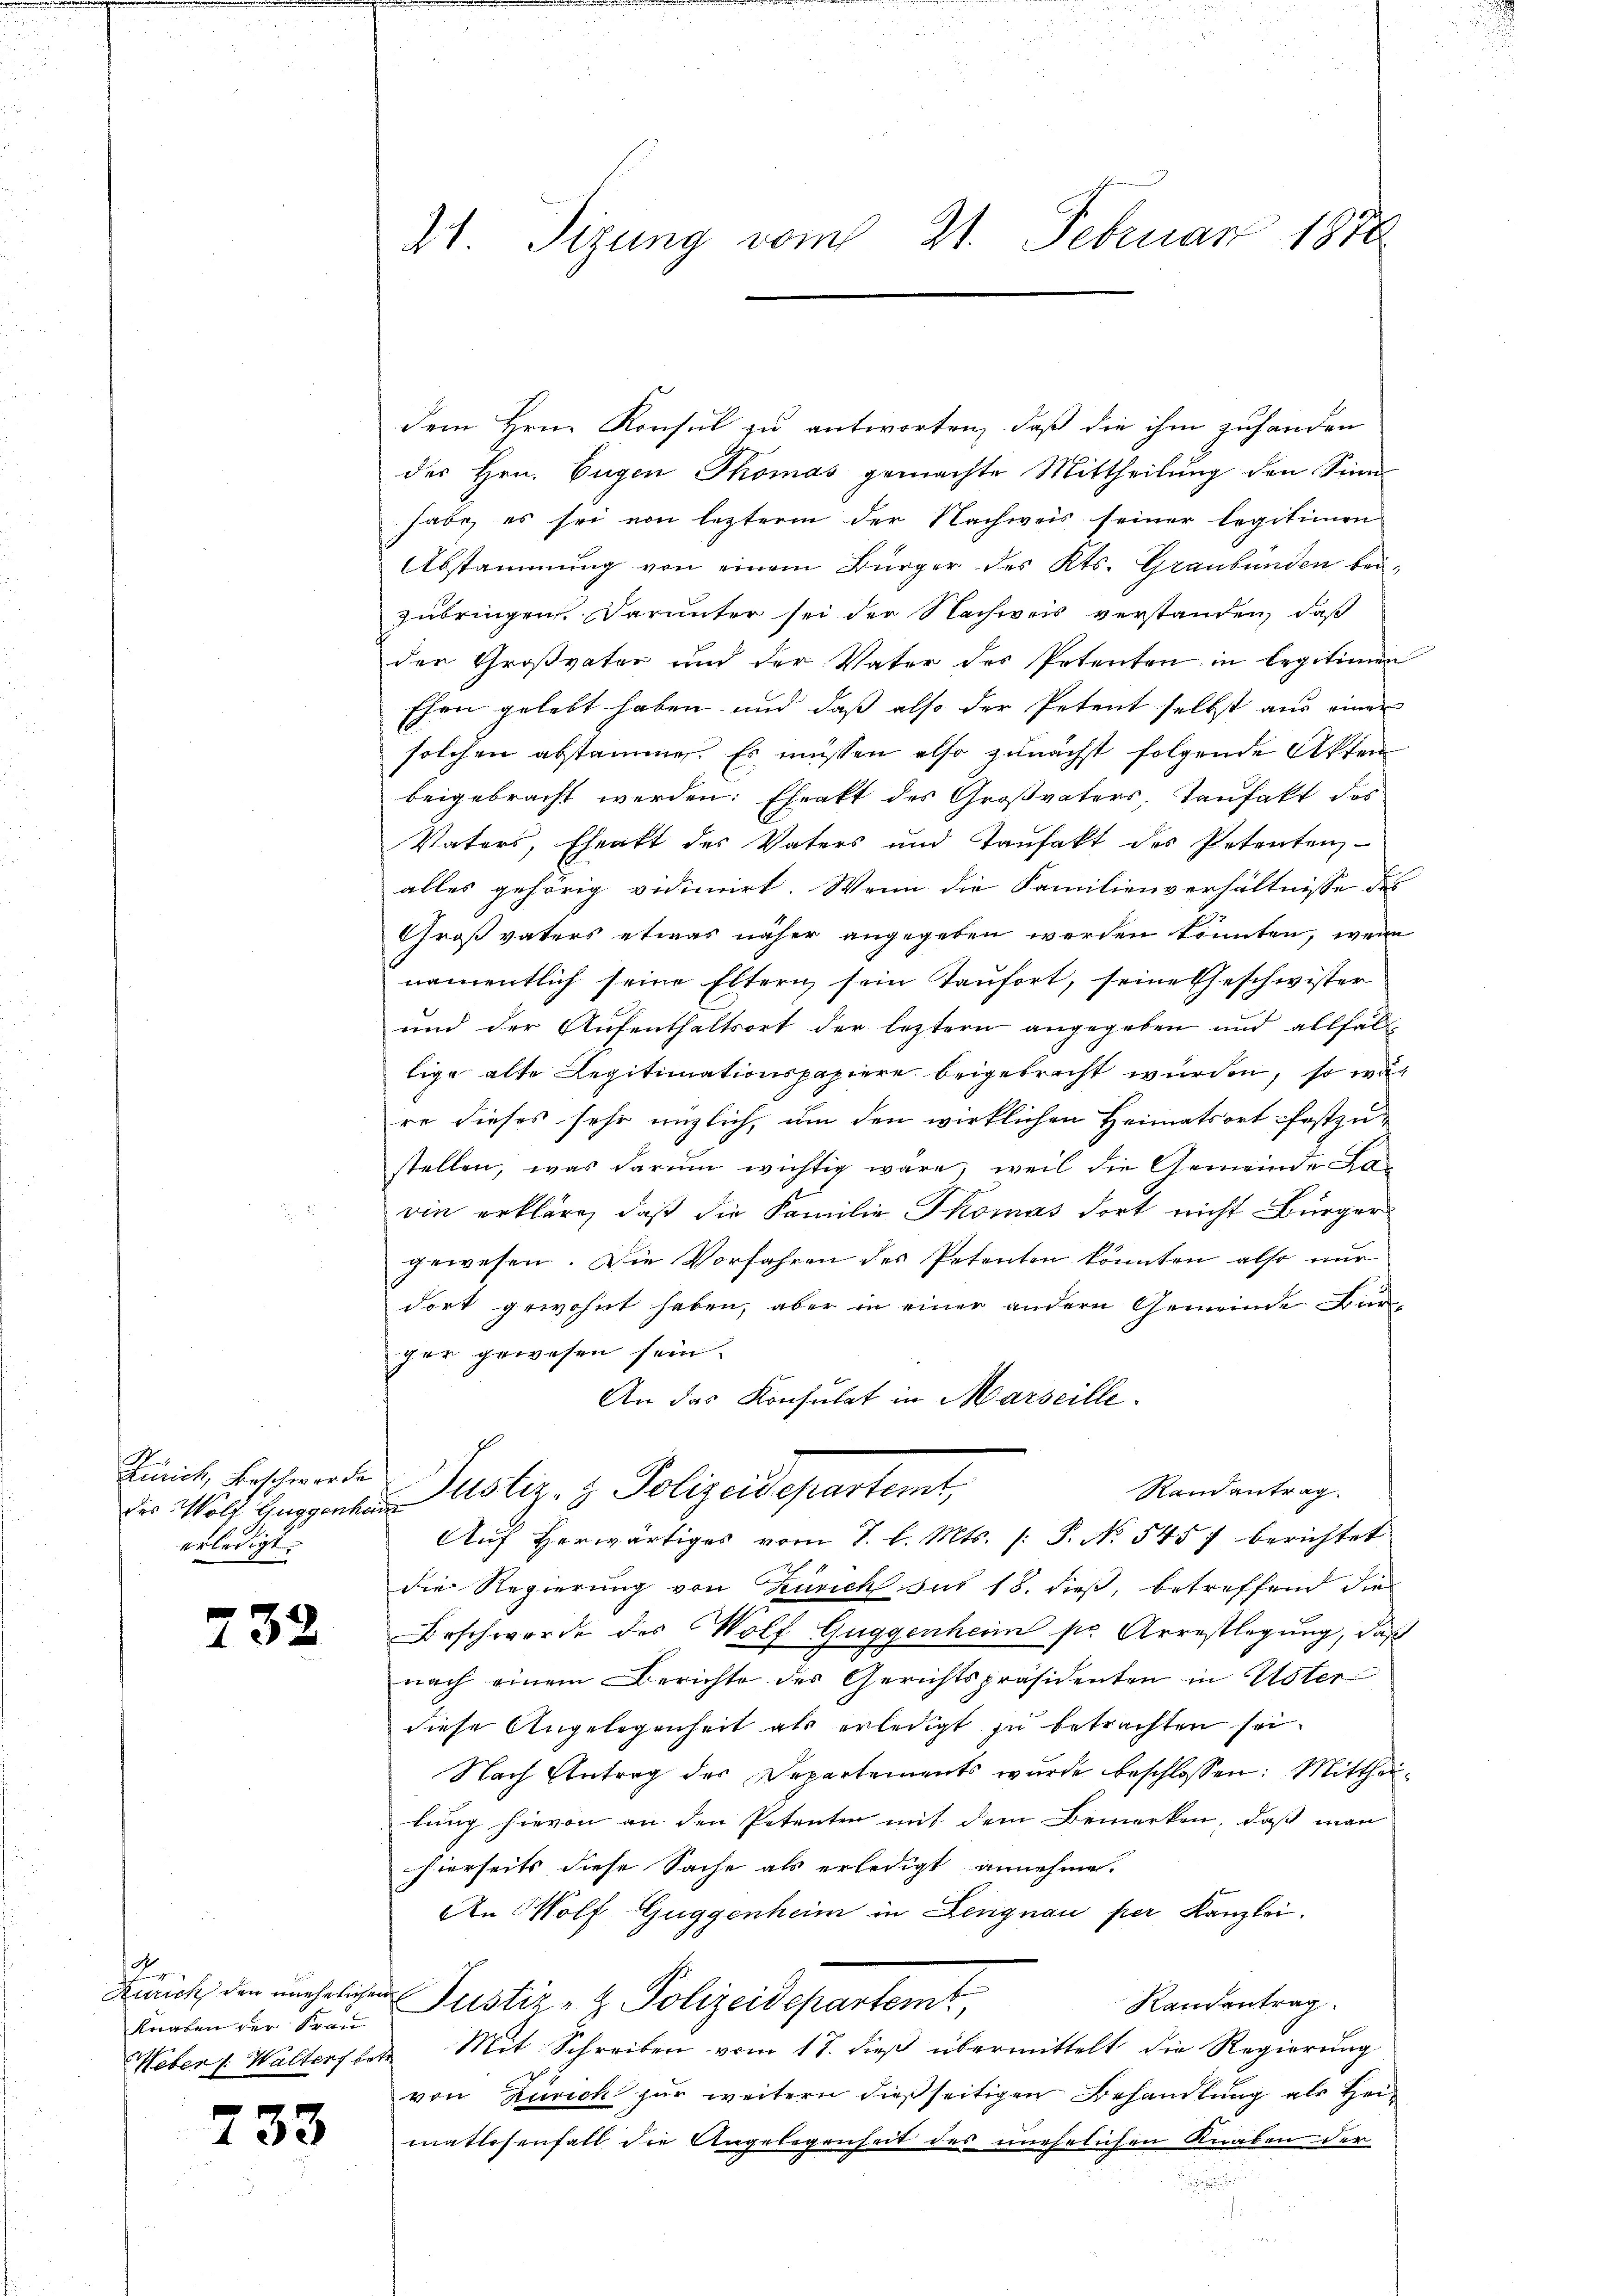
des Wolf Guggenheim
erledigt.

732

d
Karten der Frau

733

2. Sizung vom 21. Februar 1870

dem Hrn. Konsul zu antworten, daß die ihm zuhanden
des Hrn. Eugen Thomas gemachte Mittheilŭng den Sinn
habe, es sei von lezterm der Nachweis seiner legitimen
Abstammung von einem Bürger des Kts. Graubünden beizubringen. Darunter sei der Nachweis verstanden, daß
der Großvater und der Vater des Petenten in Legitimen
Ehen gelebt haben und daß also der Petent selbst aus einer
solchen abstammen. Es müssen also zunächst folgende Akten
beigebracht werden: Ehrakt des Großvaters, Taufakt des
Vaters, Eheakt des Vaters und Taufakt des Petentenz-
alles gehörig vidimirt. Wenn die Familienverhältnisse des
Großvaters etwas näher angegeben werden könnten, wenn
namentlich seine Eltern sein Taufort, seine Geschwister
und der Aufenthaltsort der leztern angegeben und allfälllige alte Legitimationspapiere beigebracht wurden, so war
re dieses sehr nüzlich, um den wirklichen Heimatsort festzustellen, was darum wichtig wäre, weil die Gemeinde Lavin erkläre, daß die Familie Thomas dort nicht Bürger
gewesen. Die Vorfahren des Petenten könnten also nur
dort gewohnt haben, aber in einer andern Gemeinde Bürger gewesen sein.
An das Konsulat in Marseille.
Kait, beschwerde Justiz- & Polizeidepartemt,
Randantrag
Auf herwärtiges vom 7. d. Mts. /: P. No. 545 f berichtet
die Regierung von Zürich hat 18. dieß, betreffend die
Forschwerde des Wolf Guggenheim sr. Arrestlegung, daß
nach einem Berichte des Gerichtspräsidenten in Uster
diese Angelegenheit als erledigt zu betrachten sei¬
Nach Antrag des Departements wurde beschlossen: Mittheilung hievon an den Petenten mit dem Bemerken, daß man
hierseits diese Sache als erledigt annehme.
An Wolf Guggenheim in Lengnau per Kanzlei.
Zürich den unehelichen Justiz- & Polizeidepartem,
Randantrag
Heber : Waltersbere Mit Schreiben vom 17. dieβ übermittelt die Regierŭng
von Zürich zur weitern dießseitigen Behandlung als Heimatlosenfall die Angelegenheit des unehrlichen Knaben der
.
 30 x